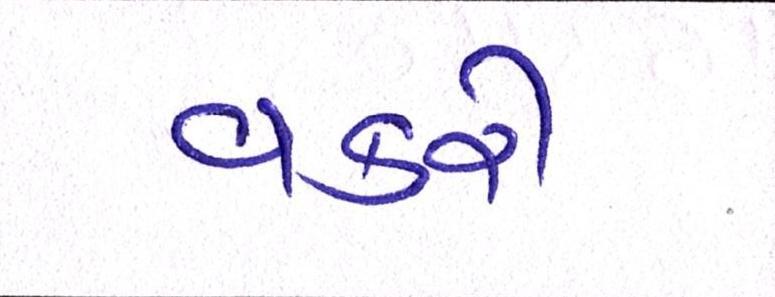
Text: વકરી